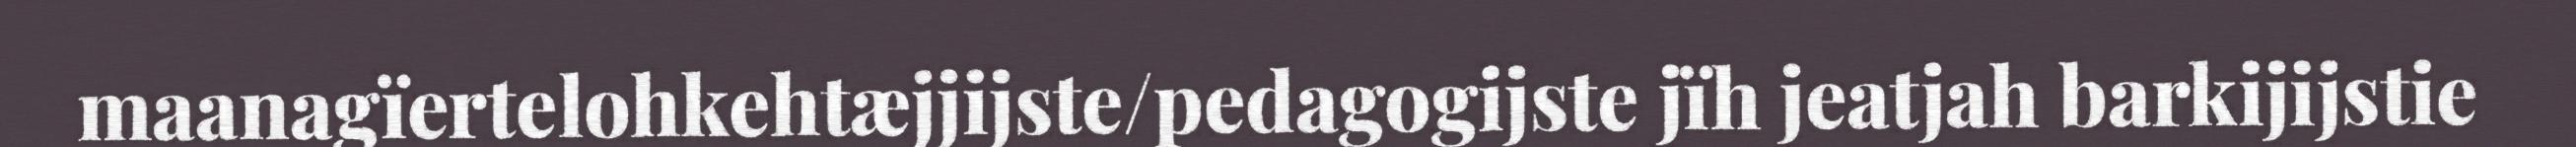
maanagïertelohkehtæjjijste/pedagogijste jïh jeatjah barkijijstie